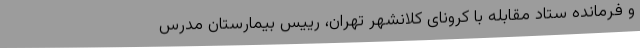
و فرمانده ستاد مقابله با کرونای کلانشهر تهران، رییس بیمارستان مدرس